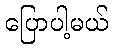
ပြောပါ့မယ်